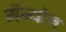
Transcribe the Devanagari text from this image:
मैन्थोल